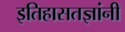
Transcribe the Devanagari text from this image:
इतिहासतज्ञांनी